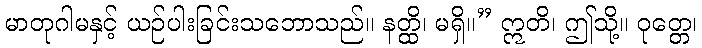
မာတုဂါမနှင့် ယဉ်ပါးခြင်းသဘောသည်။ နတ္ထိ၊ မရှိ။” ဣတိ၊ ဤသို့။ ဝုတ္တေ၊